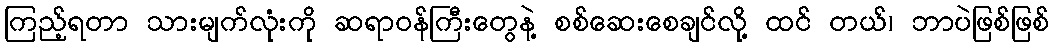
ကြည့်ရတာ သားမျက်လုံးကို ဆရာဝန်ကြီးတွေနဲ့ စစ်ဆေးစေချင်လို့ ထင် တယ်၊ ဘာပဲဖြစ်ဖြစ်